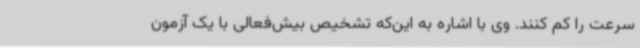
سرعت‌ را کم کنند. وی با اشاره به این‌که تشخیص بیش‌فعالی با یک آزمون